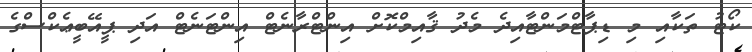
ކޯޓު ތަކާއި މި ޑިޕާޓްމަންޓާއިދެ މެދު ޤާއިމްކޮށް އިންޓްރާނެޓް އިންޓަނެޓް އަދި ޕީއޭބީޢެކްސްގެ